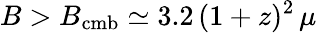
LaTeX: B>B_{\mathrm{cmb}}\simeq 3.2\, (1+z)^{2}\, \mu